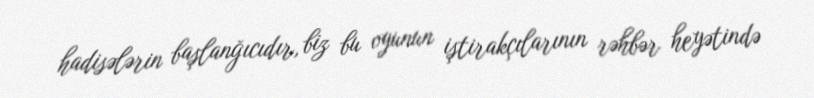
hadisələrin başlanğıcıdır, biz bu oyunun iştirakçılarının rəhbər heyətində